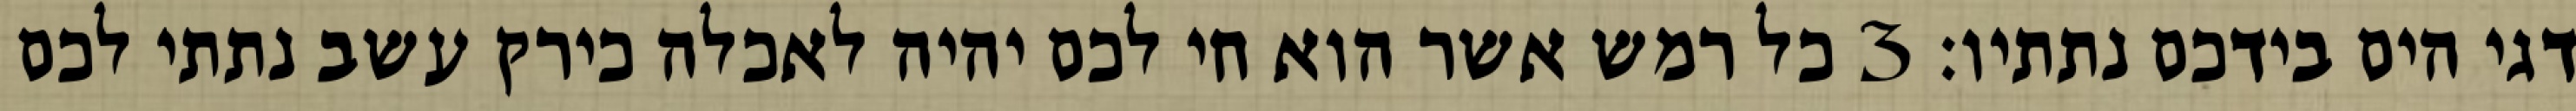
דגי הים בידכם נתתיו׃ ‎3‏ כל רמש אשר הוא חי לכם יהיה לאכלה כירק עשב נתתי לכם